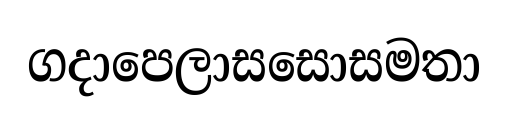
ගදාපෙලාසසොසමතා